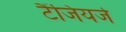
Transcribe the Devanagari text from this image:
टैंजियर्ज